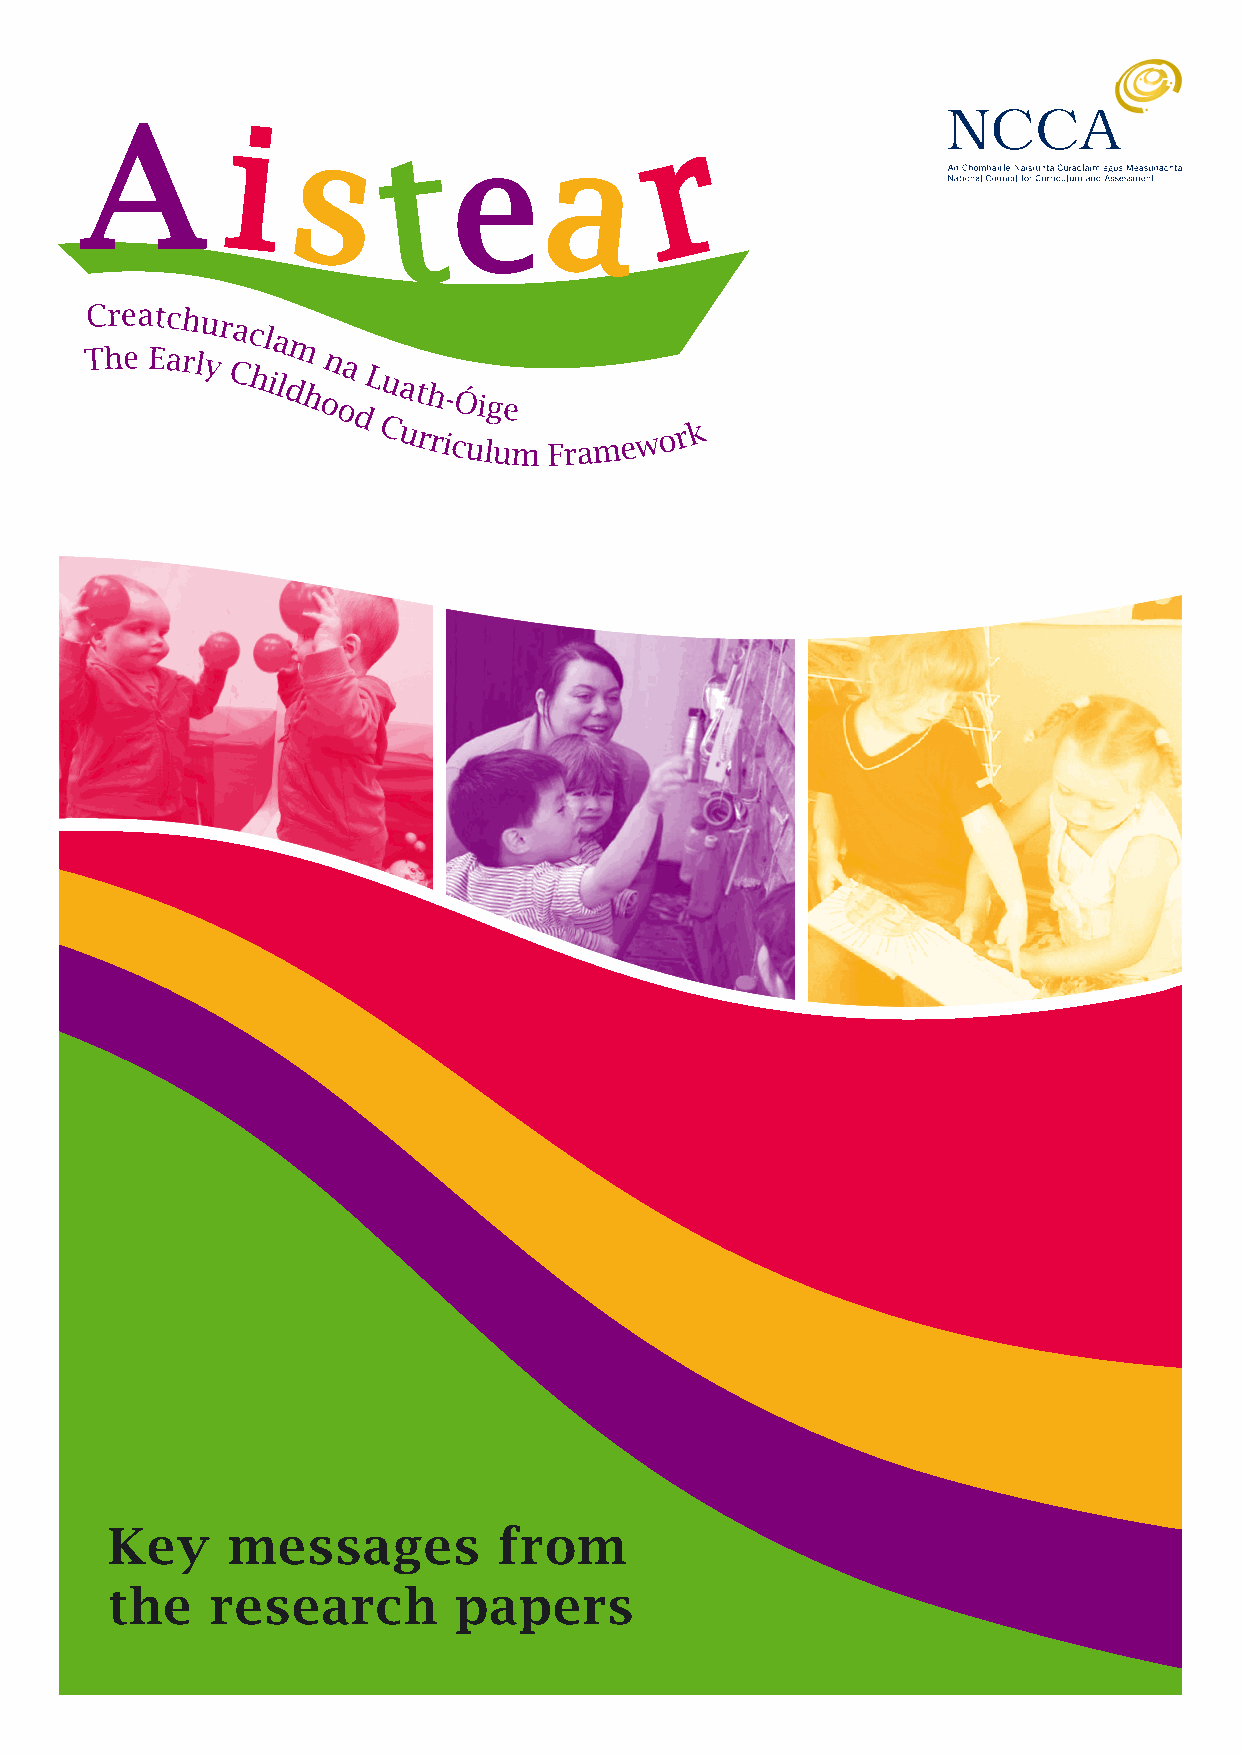
Key     messages          from
 the    research        papers